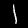
Label: 1